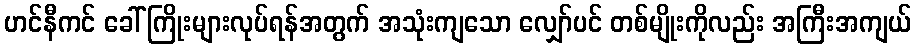
ဟင်နီကင် ခေါ် ကြိုးများလုပ်ရန်အတွက် အသုံးကျသော လျှော်ပင် တစ်မျိုးကိုလည်း အကြီးအကျယ်